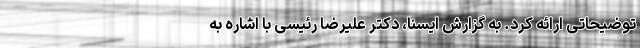
توضیحاتی ارائه کرد. به گزارش ایسنا، دکتر علیرضا رئیسی با اشاره به